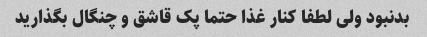
بدنبود ولی لطفا کنار غذا حتما پک قاشق و چنگال بگذارید